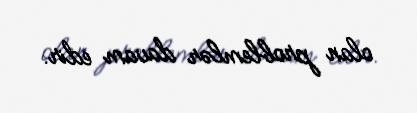
olan problemlər davam edir.